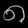
Digit: ၈